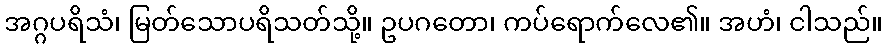
အဂ္ဂပရိသံ၊ မြတ်သောပရိသတ်သို့။ ဥပဂတော၊ ကပ်ရောက်လေ၏။ အဟံ၊ ငါသည်။